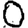
Digit: 0